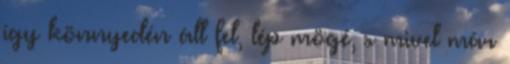
így könnyedén áll fel, lép mögé, s mivel már